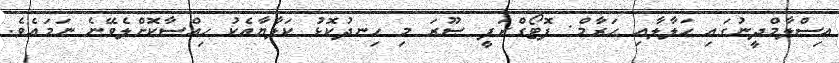
އިސްލާމްދީނުގައި ޙަލާލާއި ޙަރާމް: ފޮޓޯގްރަފީ ޞޫރަ މި ހިނދުކޮޅު ކަލާޔާއެކު ހިއްސާކޮށްލެވޭނެ ނަމައެވެ.